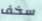
سخف